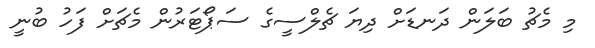
މި މެޗު ބަލަން ދަނޑަށް ދިޔަ ޗެލްސީގެ ސަޕޯޓަރުން މެޗަށް ފަހު ބުނީ